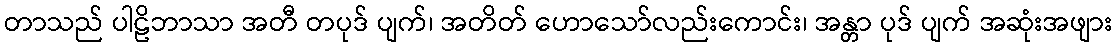
တာသည် ပါဠိဘာသာ အတီ တပုဒ် ပျက်၊ အတိတ် ဟောသော်လည်းကောင်း၊ အန္တာ ပုဒ် ပျက် အဆုံးအဖျား